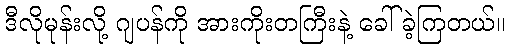
ဒီလိုမုန်းလို့ ဂျပန်ကို အားကိုးတကြီးနဲ့ ခေါ်ခဲ့ကြတယ်။